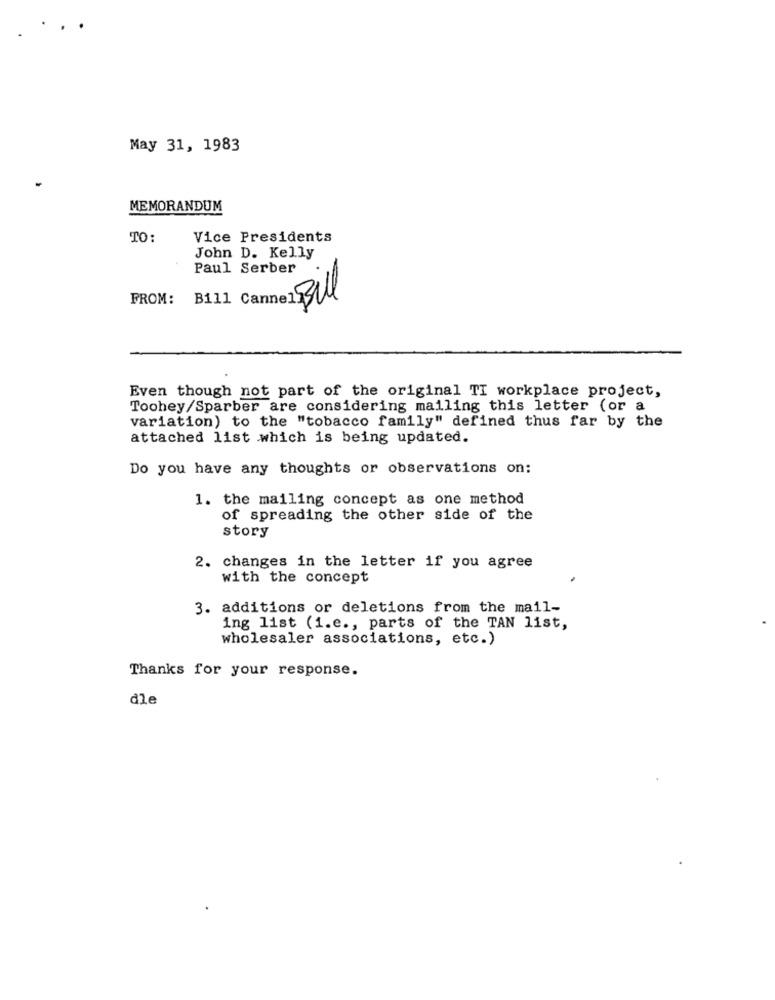
...
May 31, 1983
MEMORANDUM
TO:
Vice Presidents
John D. Kelly
Paul Serber
FROM:
Bil
Even though not part of the original TI workplace project,
Toohey/Sparber are considering mailing this letter (or a
variation) to the "tobacco family" defined thus far by the
attached list which is being updated.
Do you have any thoughts or observations on:
1. the mailing concept as one method
of spreading the other side of the
story
2. changes in the letter if you agree
with the concept
3. additions or deletions from the mail-
ing list (i.e ., parts of the TAN list,
wholesaler associations, etc.)
Thanks for your response.
dle